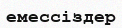
емессіздер